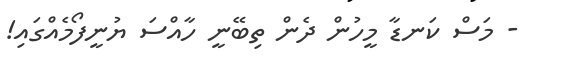
- މަސް ކަނޑާ މީހުން ދެން ތިބޭނީ ހާއްސަ ޔުނީފޯމެއްގައި!